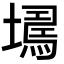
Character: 𡑹